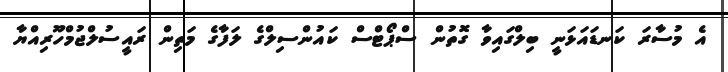
އެ މުސާރަ ކަނޑައަޅަނީ ބިލްގައިވާ ގޮތުން ސްޕޯޓްސް ކައުންސިލްގެ ލަފާގެ މަތިން ރައީސުލްޖުމްހޫރިއްޔާ